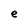
Character: e